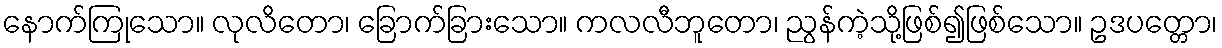
နောက်ကြုသော။ လုလိတော၊ ခြောက်ခြားသော။ ကလလီဘူတော၊ ညွန်ကဲ့သို့ဖြစ်၍ဖြစ်သော။ ဥဒပတ္တော၊